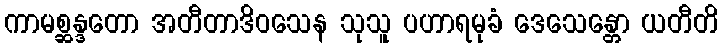
ကာမစ္ဆန္ဒတော အတီတာဒိဝသေန သုသူ ပဟာရမုခံ ဒေသေန္တော ယတီတိ